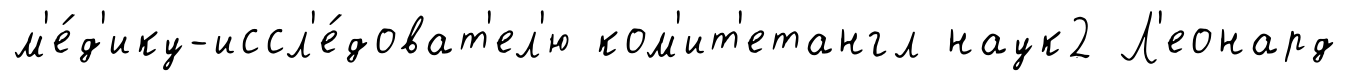
м'е́д'ику-иссл'е́доват'ел'ю ком'ит'етангл наук2 Л'еонард